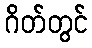
ဂိတ်တွင်